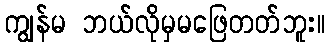
ကျွန်မ ဘယ်လိုမှမဖြေတတ်ဘူး။